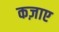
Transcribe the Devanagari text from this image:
कज़ाए